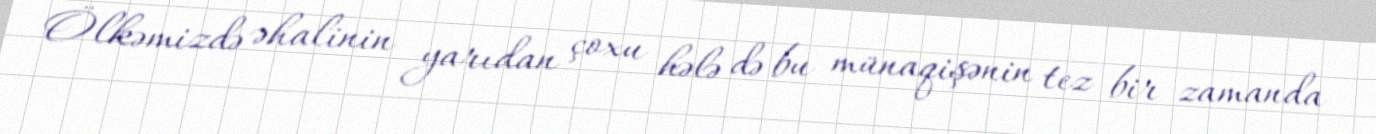
Ölkəmizdə əhalinin yarıdan çoxu hələ də bu münaqişənin tez bir zamanda